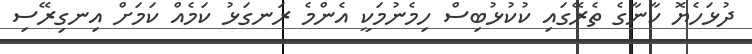
ދުޅަހެޔޮ ކާނާގެ ތެރޭގައި ކުކުޅުބިސް ހިމެނުމަކީ އެންމެ ރަނގަޅު ކަމެއް ކަމަށް އިނގިރޭސި